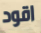
اقود